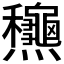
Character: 𪺋